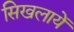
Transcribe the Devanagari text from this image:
सिखलायें